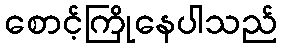
စောင့်ကြိုနေပါသည်